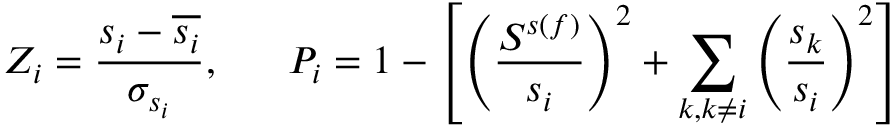
Z _ { i } = \frac { s _ { i } - \overline { { s _ { i } } } } { \sigma _ { s _ { i } } } , ~ ~ ~ ~ ~ P _ { i } = 1 - \left[ \left( \frac { S ^ { s ( f ) } } { s _ { i } } \right) ^ { 2 } + \sum _ { k , k \neq i } \left( \frac { s _ { k } } { s _ { i } } \right) ^ { 2 } \right]